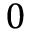
0